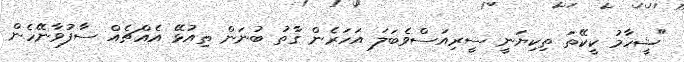
"ޝީހާމު ކީކޭތަ ތިކިޔަނީ ސީރިއަސްވެބަލަ އަހަރެން ގާތު ބުނަން ތިއުޅޭ އެއްޗެއް ސާފުވާނޭހެން